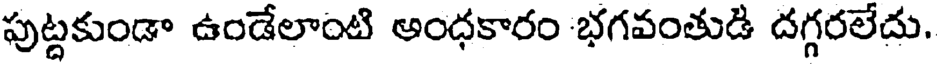
పుట్టకుండా ఉండేలాంటి అంధకారం భగవంతుడి దగ్గరలేదు.